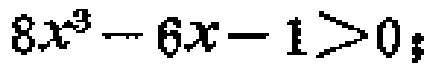
\(8x^{3}-6x - 1>0\)；